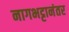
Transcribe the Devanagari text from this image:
नागभट्टानंतर